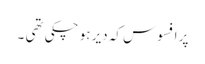
پر افسوس کہ دیر ہو چکی تھی ۔